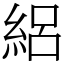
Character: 絽